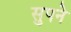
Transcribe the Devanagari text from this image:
सुपने